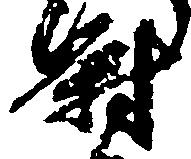
尉